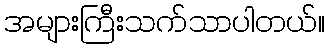
အများကြီးသက်သာပါတယ်။